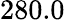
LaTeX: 280.0